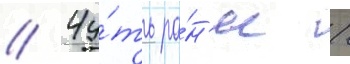
// Чу́ть ра́н'ее /